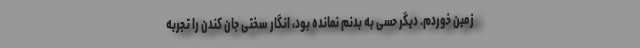
زمین خوردم. دیگر حسی به بدنم نمانده بود، انگار سختی جان کندن را تجربه